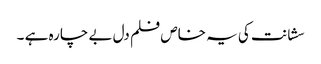
سشانت کی یہ خاص فلم دل بے چارہ ہے ۔